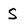
Character: S